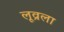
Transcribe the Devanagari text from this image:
लूव्रला